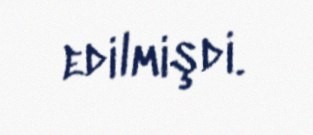
edilmişdi.